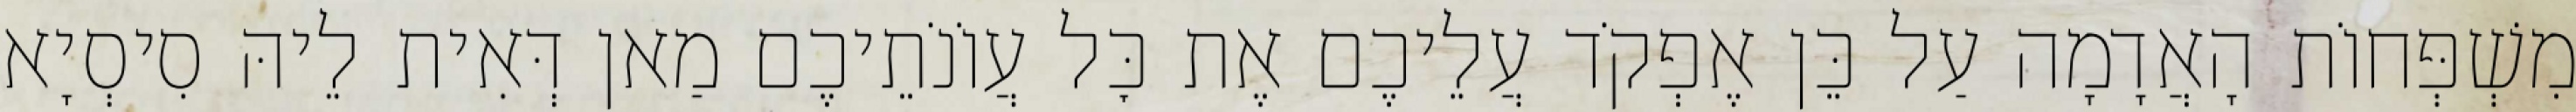
מִשְׁפְּחוֹת הָאֲדָמָה עַל כֵּן אֶפְקֹד עֲלֵיכֶם אֶת כׇּל עֲוֹנֹתֵיכֶם מַאן דְּאִית לֵיהּ סִיסְיָא